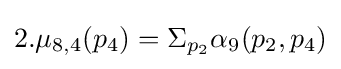
2.\mu _{8,4}(p_{4})=\Sigma _{p_{2}}\alpha _{9}(p_{2},p_{4})